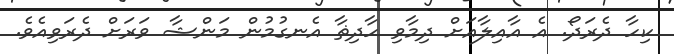
ކިހާ ދެރަދޯ. އެ އާއިލާއަށް ދިމާވި ހާދިޡާ އެނގުމުން މަންޝާ ވަރަށް ދެރަވިއެވެ.